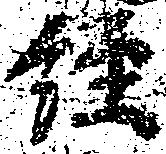
経